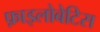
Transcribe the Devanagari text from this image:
फ़ाइलोबेटिस